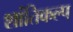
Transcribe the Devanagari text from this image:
शांतिकल्प